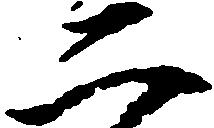
二